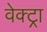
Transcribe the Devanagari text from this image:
वेक्ट्रा